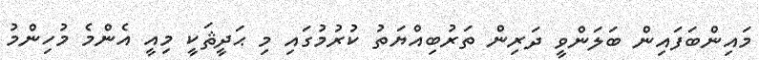
މައިންބަފައިން ބަލަންވީ ދަރިން ތަރުބިއްޔަތު ކުރުމުގައި މި ޙަދީޘަކީ މިއީ އެންމެ މުހިންމު